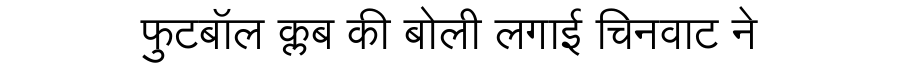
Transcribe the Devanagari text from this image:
फुटबॉल क्लब की बोली लगाई चिनवाट ने